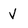
Character: v